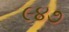
૯૪૭